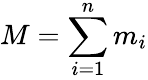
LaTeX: M=\sum_{i=1}^{n}m_{i}